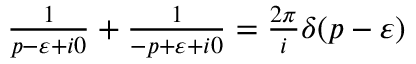
\begin{array} { r } { \frac { 1 } { p - \varepsilon + i 0 } + \frac { 1 } { - p + \varepsilon + i 0 } = \frac { 2 \pi } { i } \delta ( p - \varepsilon ) } \end{array}